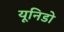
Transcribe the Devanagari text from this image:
यूनिडो